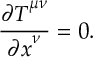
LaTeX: \frac { { \partial T } ^ { \mu \nu } } { { \partial x } ^ { \nu } } = 0 .